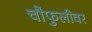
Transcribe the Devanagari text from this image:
चौफुलीवर